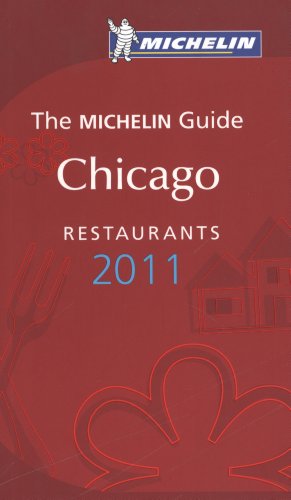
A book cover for Michelin Red Guide Chicago, 2011: Restaurants & Hotels (Michelin Red Guide Chicago: Restaurants & Hotels); Michelin; Travel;